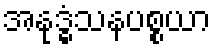
အနုဒ္ဓံသနပစ္စယာ